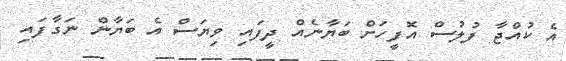
އެ ކުއްޖާ ފުލުސް އޮފީހަށް ބަޔާނެއް ދީފައި ވިޔަސް އެ ބަޔާން ނަގާފައި